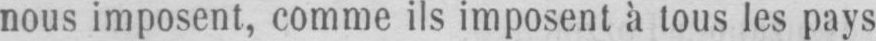
nous imposent, comme ils imposent à tous les pays